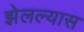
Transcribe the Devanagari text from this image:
झेलल्यास